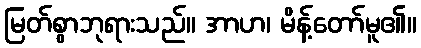
မြတ်စွာဘုရားသည်။ အာဟ၊ မိန့်တော်မူ၏။